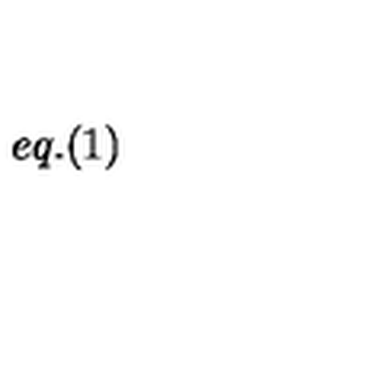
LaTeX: e q . ( 1 )